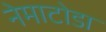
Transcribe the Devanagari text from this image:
नेमाटोडा